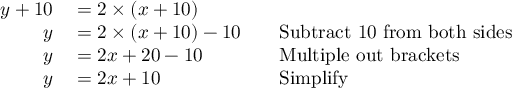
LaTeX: \begin{array} { r l r l } { y + 1 0 } & { { } = 2 \times ( x + 1 0 ) } \\ { y } & { { } = 2 \times ( x + 1 0 ) - 1 0 } & { } & { { } { \mathrm { S u b t r a c t ~ 1 0 ~ f r o m ~ b o t h ~ s i d e s } } } \\ { y } & { { } = 2 x + 2 0 - 1 0 } & { } & { { } { \mathrm { M u l t i p l e ~ o u t ~ b r a c k e t s } } } \\ { y } & { { } = 2 x + 1 0 } & { } & { { } { \mathrm { S i m p l i f y } } } \end{array}